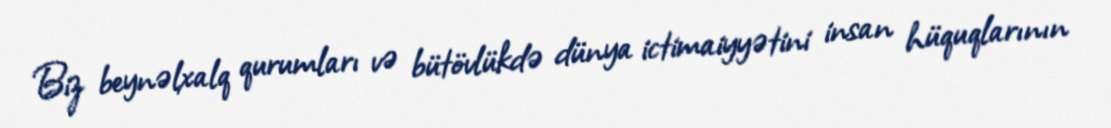
Biz beynəlxalq qurumları və bütövlükdə dünya ictimaiyyətini insan hüquqlarının